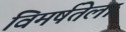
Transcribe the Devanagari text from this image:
विमर्षतेला